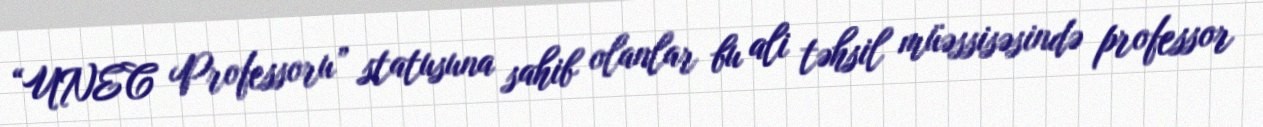
“UNEC Professoru” statusuna sahib olanlar bu ali təhsil müəssisəsində professor